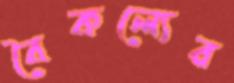
বৈকল্যের